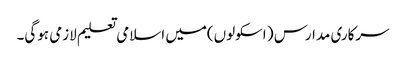
سرکاری مدارس ( اسکولوں)میں اسلامی تعلیم لازمی ہوگی۔